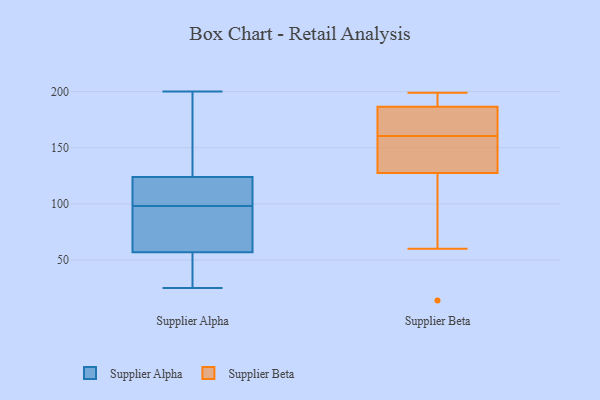
{"axis": {"x": "Gross Profit (USD K)", "y": "Value"}, "legend": ["Supplier Alpha", "Supplier Beta"], "data": [{"x": "", "y": 103, "type": "Supplier Alpha"}, {"x": "", "y": 153, "type": "Supplier Alpha"}, {"x": "", "y": 188, "type": "Supplier Alpha"}, {"x": "", "y": 106, "type": "Supplier Alpha"}, {"x": "", "y": 57, "type": "Supplier Alpha"}, {"x": "", "y": 124, "type": "Supplier Alpha"}, {"x": "", "y": 79, "type": "Supplier Alpha"}, {"x": "", "y": 200, "type": "Supplier Alpha"}, {"x": "", "y": 90, "type": "Supplier Alpha"}, {"x": "", "y": 93, "type": "Supplier Alpha"}, {"x": "", "y": 123, "type": "Supplier Alpha"}, {"x": "", "y": 40, "type": "Supplier Alpha"}, {"x": "", "y": 25, "type": "Supplier Alpha"}, {"x": "", "y": 27, "type": "Supplier Alpha"}, {"x": "", "y": 14, "type": "Supplier Beta"}, {"x": "", "y": 155, "type": "Supplier Beta"}, {"x": "", "y": 105, "type": "Supplier Beta"}, {"x": "", "y": 150, "type": "Supplier Beta"}, {"x": "", "y": 60, "type": "Supplier Beta"}, {"x": "", "y": 162, "type": "Supplier Beta"}, {"x": "", "y": 176, "type": "Supplier Beta"}, {"x": "", "y": 186, "type": "Supplier Beta"}, {"x": "", "y": 159, "type": "Supplier Beta"}, {"x": "", "y": 193, "type": "Supplier Beta"}, {"x": "", "y": 187, "type": "Supplier Beta"}, {"x": "", "y": 199, "type": "Supplier Beta"}]}